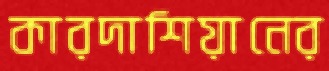
কারদাশিয়ানের